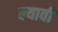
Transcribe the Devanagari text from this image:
ल्यावी